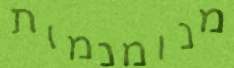
מנומנמות